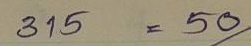
315 = 50